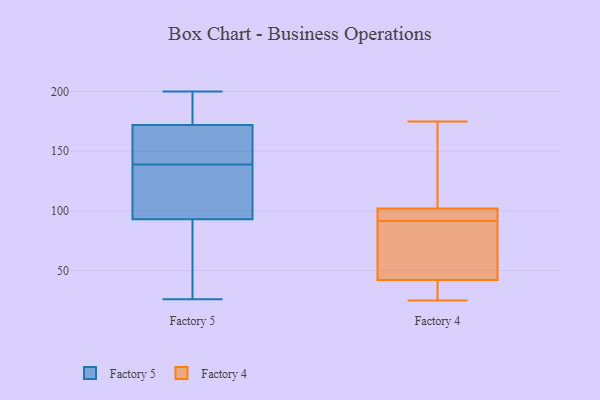
{"axis": {"x": "Tickets Resolved", "y": "Value"}, "legend": ["Factory 4", "Factory 5"], "data": [{"x": "", "y": 200, "type": "Factory 5"}, {"x": "", "y": 197, "type": "Factory 5"}, {"x": "", "y": 151, "type": "Factory 5"}, {"x": "", "y": 172, "type": "Factory 5"}, {"x": "", "y": 56, "type": "Factory 5"}, {"x": "", "y": 49, "type": "Factory 5"}, {"x": "", "y": 180, "type": "Factory 5"}, {"x": "", "y": 127, "type": "Factory 5"}, {"x": "", "y": 153, "type": "Factory 5"}, {"x": "", "y": 26, "type": "Factory 5"}, {"x": "", "y": 167, "type": "Factory 5"}, {"x": "", "y": 93, "type": "Factory 5"}, {"x": "", "y": 100, "type": "Factory 5"}, {"x": "", "y": 117, "type": "Factory 5"}, {"x": "", "y": 33, "type": "Factory 4"}, {"x": "", "y": 94, "type": "Factory 4"}, {"x": "", "y": 101, "type": "Factory 4"}, {"x": "", "y": 175, "type": "Factory 4"}, {"x": "", "y": 35, "type": "Factory 4"}, {"x": "", "y": 91, "type": "Factory 4"}, {"x": "", "y": 111, "type": "Factory 4"}, {"x": "", "y": 44, "type": "Factory 4"}, {"x": "", "y": 92, "type": "Factory 4"}, {"x": "", "y": 58, "type": "Factory 4"}, {"x": "", "y": 114, "type": "Factory 4"}, {"x": "", "y": 25, "type": "Factory 4"}, {"x": "", "y": 102, "type": "Factory 4"}, {"x": "", "y": 42, "type": "Factory 4"}]}